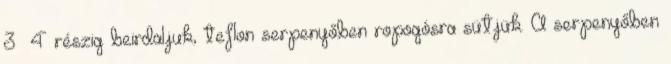
3 4 részig beirdaljuk, teflon serpenyőben ropogósra sütjük. A serpenyőben